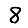
Digit: 8